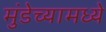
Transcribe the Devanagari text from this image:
मुंडेच्यामध्ये